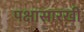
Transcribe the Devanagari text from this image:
पक्षासारखी